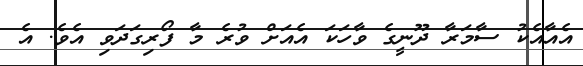
އެއާއެކު ސާމަރާ ދޫނީގެ ވާހަކަ އެއަށް ވުރެ މާ ފޯރިގަދަވި އެވެ. އެ